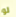
لو